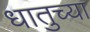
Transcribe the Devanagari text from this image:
धातुच्या